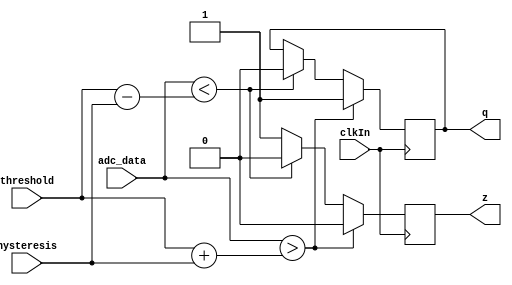
/*
*	comparator.v
*	By: Sam Leitch, modifications by Tom Oldbury
*	Description: Basic comparator module, takes in data from adc and compares
*					 it to reference voltage. To be used in trigger functions.
*/



module comparator (

	input clkIn,
	input[13:0] threshold,
	input[13:0] hysteresis,
	input[13:0] adc_data,
	output reg q,
	output reg z	// output in dead zone

);


	always @(posedge clkIn) begin

		if (adc_data > (threshold + hysteresis)) begin
		
			q <= 1;
			z <= 0;
		
		end
		
		else if (adc_data < (threshold - hysteresis)) begin
		
			q <= 0;
			z <= 0;
		
		end 
		
		else begin
		
			z <= 1;
		
		end;
	
	end


endmodule